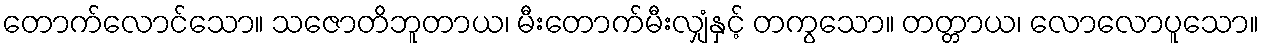
တောက်လောင်သော။ သဇောတိဘူတာယ၊ မီးတောက်မီးလျှံနှင့် တကွသော။ တတ္တာယ၊ လောလောပူသော။